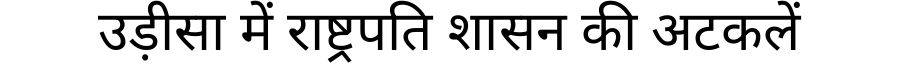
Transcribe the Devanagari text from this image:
उड़ीसा में राष्ट्रपति शासन की अटकलें